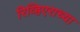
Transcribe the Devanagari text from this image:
रिव्हिएराच्या